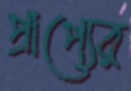
প্রাপ্যের